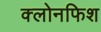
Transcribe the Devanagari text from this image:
क्लोनफिश